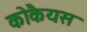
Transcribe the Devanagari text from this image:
कोकैयस